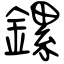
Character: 鏍